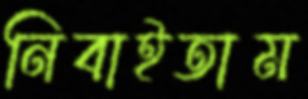
নিবাইতাম